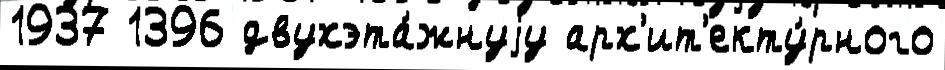
1937 1396 двухэта́жнуjу арх'ит'екту́рного